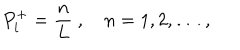
P _ { i } ^ { + } = \frac { n } { L } \ , \quad n = 1 , 2 , \dots \ ,